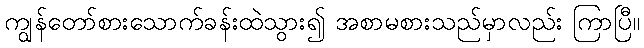
ကျွန်တော်စားသောက်ခန်းထဲသွား၍ အစာမစားသည်မှာလည်း ကြာပြီ။